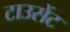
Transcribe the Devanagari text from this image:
टाउसेंट